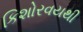
કિશોરવયથી